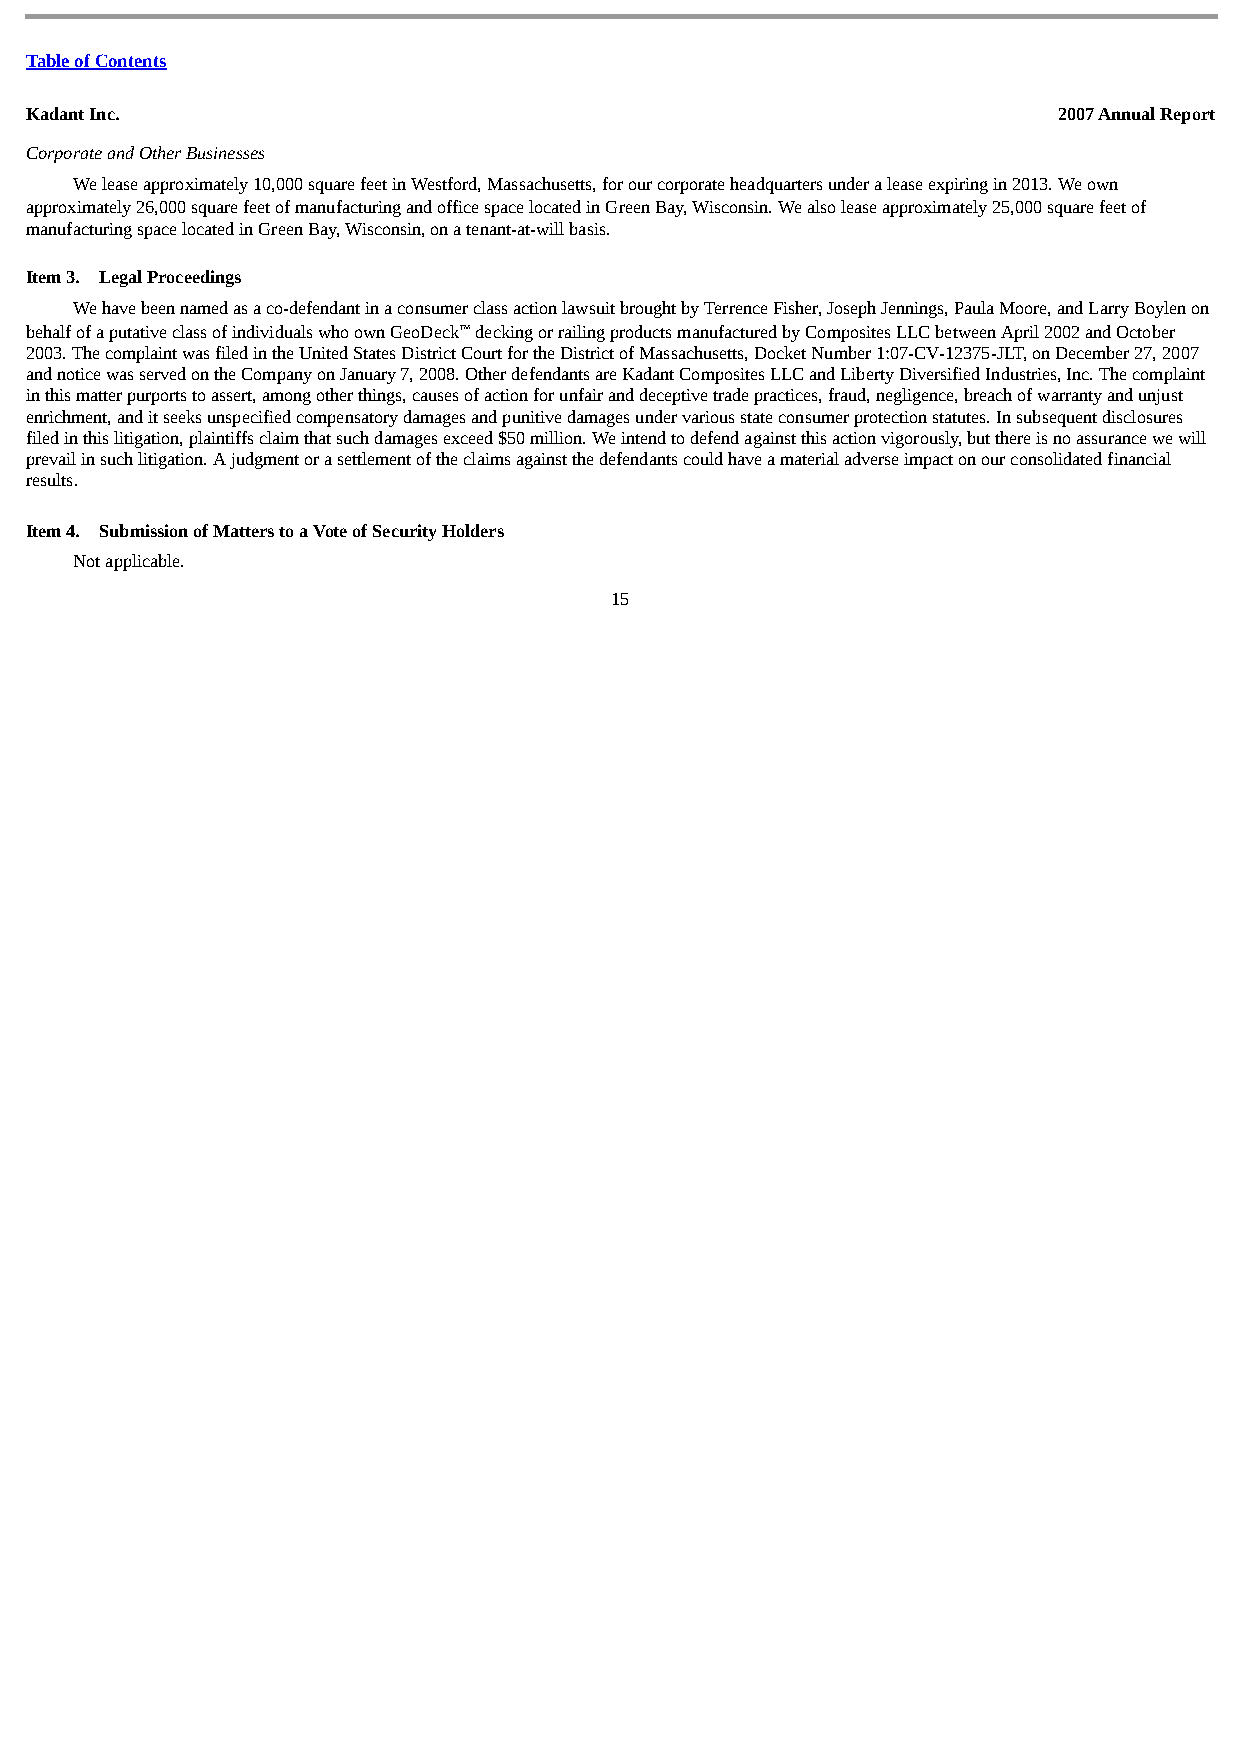
Table of Contents
 Kadant Inc.                                                         2007 Annual Report
 Corporate and Other Businesses
 We lease approximately 10,000 square feet in Westford, Massachusetts, for our corporate headquarters under a lease expiring in 2013. We own
 approximately 26,000 square feet of manufacturing and office space located in Green Bay, Wisconsin. We also lease approximately 25,000 square feet of
 manufacturing space located in Green Bay, Wisconsin, on a tenant-at-will basis.
 Item 3. Legal Proceedings
 We have been named as a co-defendant in a consumer class action lawsuit brought by Terrence Fisher, Joseph Jennings, Paula Moore, and Larry Boylen on
 behalf of a putative class of individuals who own GeoDeck™ decking or railing products manufactured by Composites LLC between April 2002 and October
 2003. The complaint was filed in the United States District Court for the District of Massachusetts, Docket Number 1:07-CV-12375-JLT, on December 27, 2007
 and notice was served on the Company on January 7, 2008. Other defendants are Kadant Composites LLC and Liberty Diversified Industries, Inc. The complaint
 in this matter purports to assert, among other things, causes of action for unfair and deceptive trade practices, fraud, negligence, breach of warranty and unjust
 enrichment, and it seeks unspecified compensatory damages and punitive damages under various state consumer protection statutes. In subsequent disclosures
 filed in this litigation, plaintiffs claim that such damages exceed $50 million. We intend to defend against this action vigorously, but there is no assurance we will
 prevail in such litigation. A judgment or a settlement of the claims against the defendants could have a material adverse impact on our consolidated financial
 results.
 Item 4. Submission of Matters to a Vote of Security Holders
 Not applicable.
 15